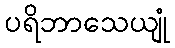
ပရိဘာသေယျုံ